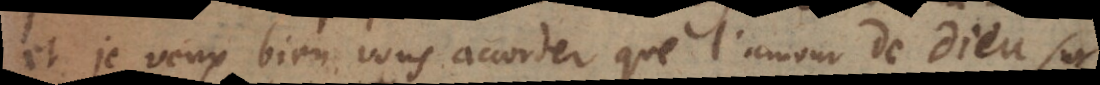
et je veux bien vous accorder que l’amour de Dieu sur